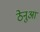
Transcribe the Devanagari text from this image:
ठेनुआ